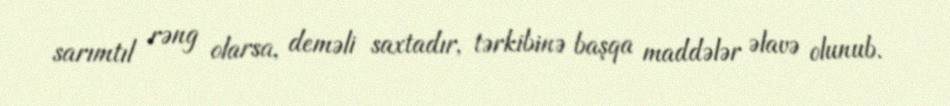
sarımtıl rəng olarsa, deməli saxtadır, tərkibinə başqa maddələr əlavə olunub.